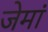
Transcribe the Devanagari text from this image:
जेमां